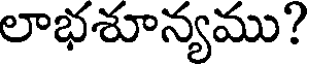
లాభశూన్యము?